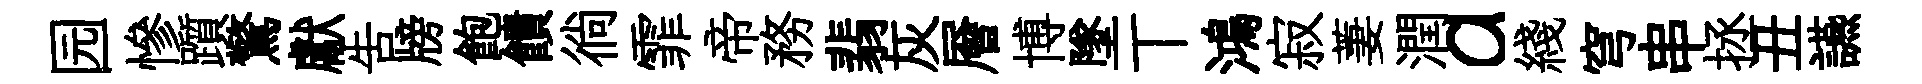
园慘躓驚獻告牓飽饋徜霏帝務翡灰層博墜丅鴻寂萋潤a綫穹串拯丑讌